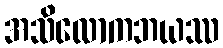
အသိလောကဘယဿ